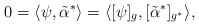
\begin{align*}0 = \langle \psi, \tilde{\alpha}^* \rangle= \langle [\psi]_g , [\tilde{\alpha}^*]_{g^*} \rangle ,\end{align*}